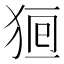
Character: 𤞸